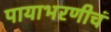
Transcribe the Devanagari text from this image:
पायाभरणीचं